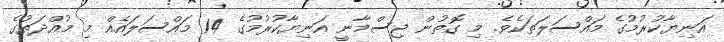
އަނިޔާކުރުމުގެ މައްސަލަތަކެވެ. މި ގޮތުން ޖިސްމާނީ އަނިޔާކުރުމުގެ 14 މައްސަލައެއް މި މުއްދަތުގެ